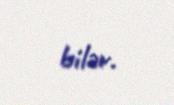
bilər.